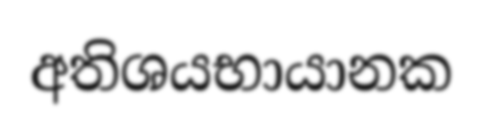
අතිශයභායානක